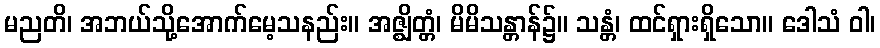
မညတိ၊ အဘယ်သို့အောက်မေ့သနည်း။ အဇ္ဈိတ္တံ၊ မိမိသန္တာန်၌။ သန္တံ၊ ထင်ရှားရှိသော။ ဒေါသံ ဝါ၊